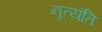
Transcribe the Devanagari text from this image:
नृत्यंति